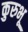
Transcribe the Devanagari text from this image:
कुरुभू